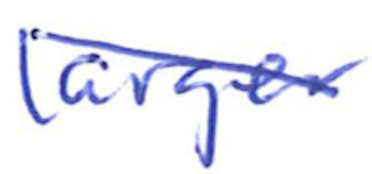
Text: larger
Cross-out: diagonal
Writing tool: ballpoint